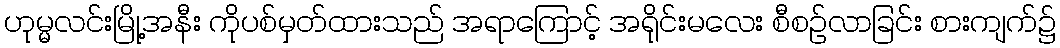
ဟုမ္မလင်းမြို့အနီး ကိုပစ်မှတ်ထားသည် အရာကြောင့် အရိုင်းမလေး စီစဉ်လာခြင်း စားကျက်၌